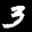
Label: 3